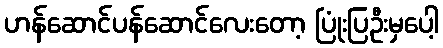
ဟန်ဆောင်ပန်ဆောင်လေးတော့ ပြုံးပြဦးမှပေါ့